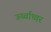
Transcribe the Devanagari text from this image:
ऊर्ध्वाध्वर